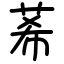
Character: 莃